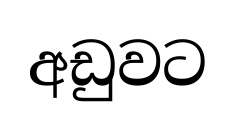
අඩුවට